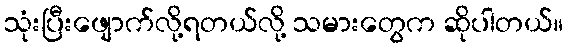
သုံးပြီးဖျောက်လို့ရတယ်လို့ သမားတွေက ဆိုပါတယ်။